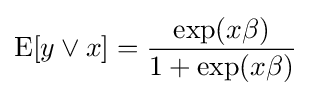
\operatorname {E} [y\lor x]={\frac {\exp(x\beta )}{1+\exp(x\beta )}}